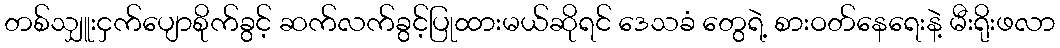
တစ်သျှူးငှက်ပျောစိုက်ခွင့် ဆက်လက်ခွင့်ပြုထားမယ်ဆိုရင် ဒေသခံ တွေရဲ့ စားဝတ်နေရေးနဲ့ မီးရိုးဖလာ